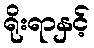
ရိုးရာနှင့်